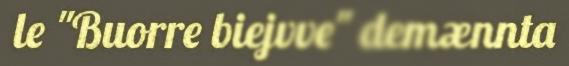
le "Buorre biejvve" demænnta